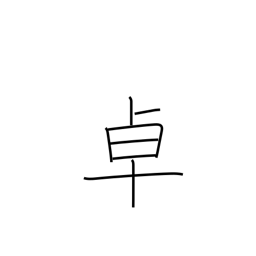
Meaning: table